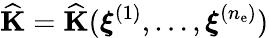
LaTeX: \widehat{\mathbf K}=\widehat{\mathbf K}(\boldsymbol\xi^{(1)},\dots,\boldsymbol\xi^{(n_{\mathrm{e}})})